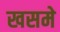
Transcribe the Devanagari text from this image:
खसमे